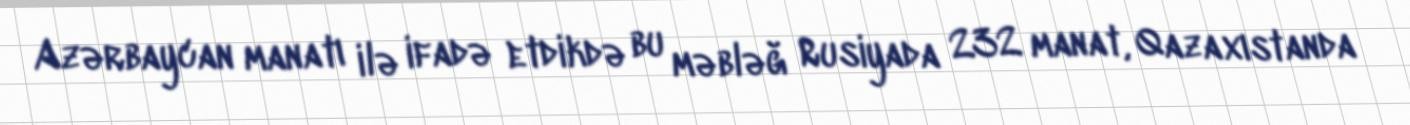
Azərbaycan manatı ilə ifadə etdikdə bu məbləğ Rusiyada 232 manat, Qazaxıstanda